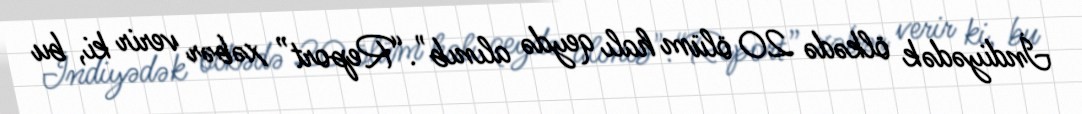
İndiyədək ölkədə 20 ölüm halı qeydə alınıb".“Report” xəbər verir ki, bu